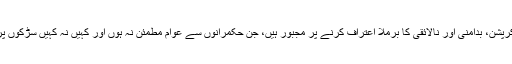
انہوں نے کہا کہ اب تو حکمرانوں کے قریبی ساتھی بھی ملک میں کرپشن، بدامنی اور نالائقی کا برملا اعتراف کرنے پر مجبور ہیں، جن حکمرانوں سے عوام مطمئن نہ ہوں اور کہیں نہ کہیں سڑکوں پر احتجاج کر رہے ہوں وہ کیسے مقبولیت کے دعوے کر سکتے ہیں۔